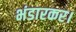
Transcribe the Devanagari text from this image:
भंडारकर।